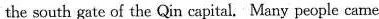
the south gate of the Qin capital. Many people came